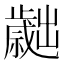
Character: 𣦬